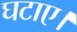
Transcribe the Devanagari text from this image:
घटाए।